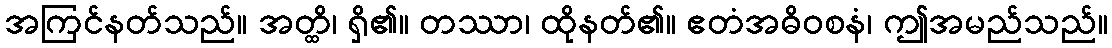
အကြင်နတ်သည်။ အတ္ထိ၊ ရှိ၏။ တဿာ၊ ထိုနတ်၏။ ဧတံအဓိဝစနံ၊ ဤအမည်သည်။